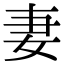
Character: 妻